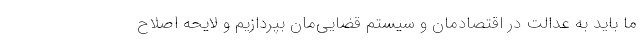
ما باید به عدالت در اقتصادمان و سیستم قضایی‌مان بپردازیم و لایحه اصلاح